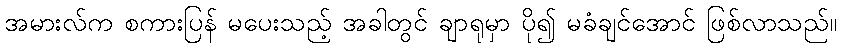
အမားလ်က စကားပြန် မပေးသည့် အခါတွင် ချာရုမှာ ပို၍ မခံချင်အောင် ဖြစ်လာသည်။